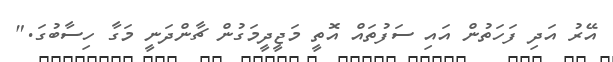
އޭރު އަދި ފަހަތުން އައި ސަފުތައް އޮތީ މަޖީދީމަގުން ޗާންދަނީ މަގާ ހިސާބުގަ."